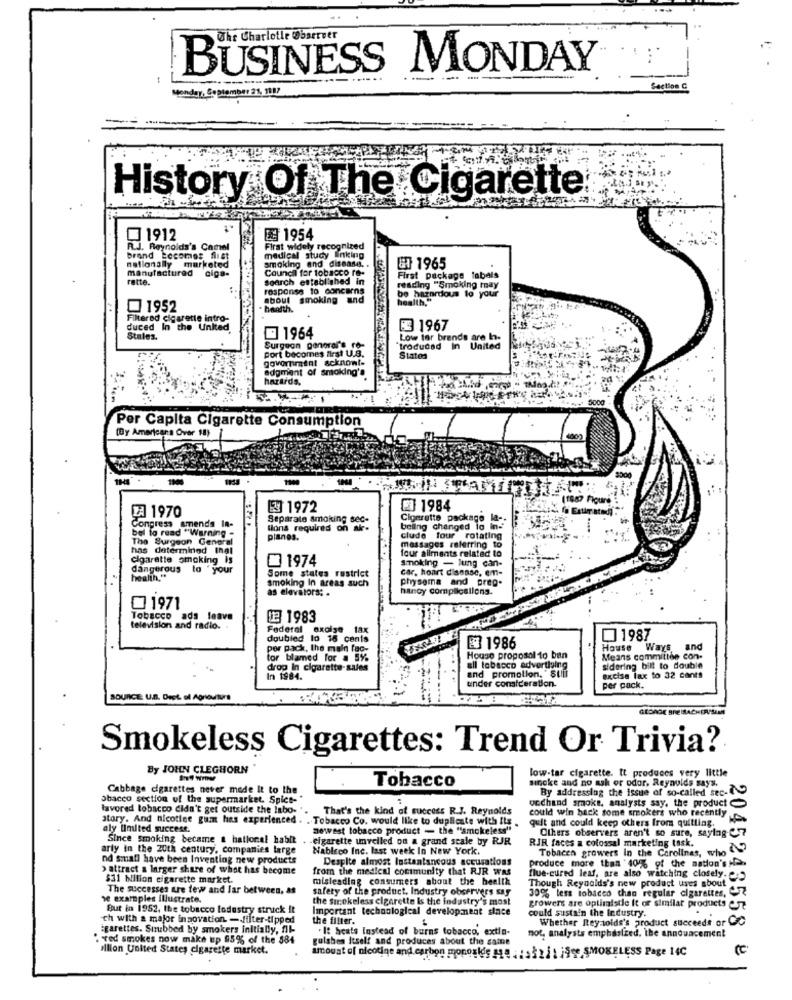
The Charlotte Observer
BUSINESS MONDAY
Monday, September 21, 1007
Section C
History Of The Cigarette
1912
E9 1954
R.J. Reynolds's Camel
First widely recognized
brand Locomes first
medical study Enking
smoking and disease. .
nationally marketed
manufactured ciga-
Council for tobacco re-
GT 1965
rette.
search established in
First package labels
response to concerns
about smoking and
be hazardous to your
health."
0 1952
health.
Filtered cigarette intro-
duced In the United
BE 1967
Stales.
91964
Low tor brands are I.
port becomes first U.S.
Surgeon panoral's ro-
trodudad In United
government acknowt-
Staten
adgment of smaking's
hazards.
5000
Per Capita Cigarette Consumption
(By Americana Over 18)
(1887 Flourd :
ZA 1970
E3 1972
ET 1984
Estimated).
Separate smoking sec.
Cigerette packago la -.
Congress amends In-
bel to read "Warning -
lions requires on ak-
belling changed lo ind
The Surgeon General
planes.
clude four rotating
has determined thal
four aliments related to
messages referring to
cigarette smoking is
1974
Smoking - lung can-
dangerous lo 'your
Some states restrict
car, hoart disease, em-
health."
smoking In areas such
physema and preg.
as elevators: .
hanoy complications.
0 1971
Tobacco ads leave
DE 1983
television and radio ..
Federal excise tax
doubled lo 16 cents
1987
per pack, the main fac-
£ 1986
House
Ways
and
tor blamed for a 5%
House proposal 10 ban
Means committee con-
drop In cigarette-sules
all tobacco advertising
and promotion. "Suff
sidering bill to double
In 1984.
under consideration.
excise lax to 32 cants
per pack.
SOURCE: U.S. Dret. of Agriculture
GEDAGE BREISACHER/SIE
Smokeless Cigarettes: Trend Or Trivia?
By JOHN CLEGHORN
low-tar cigarette. It produces very little
Tobacco
sincke and no ash or odor, Reynolds says.
Cabbage cigarettes never made It to the
By addressing the issue of so-called sec-
obacco section of the supermarket. Spice-"
undhand smoke, analysts say, the product
favored tobacco didn't get outside the labo-'
That's the kind of success R.J. Reynolds
story. And nicotine gum has experienced . . Tobacco Co. would like to duplicate with Its
could win hack some smokers who recently
quit and could keep others from quilling.
aly limited succese.
newest tobacco product - the "smokeless"
Others observers aren't so sure, saying-C
Since Smoking became a hational habit
-cigarette unveiled on a grand scale by RJR
RIR faces a colossal marketing task.
arty in the 20th century, companies large
Nableco Inc. last week In New York.
Tobacen growers In the Carolinas, who
nd small have been Inventing new products
Despite almost Instantaneous accusations
produce more than 40% of the nation's !-
>attract a larger share of what has become
from the medical conimunity that RJR WAS
$31 bilion cigarette market.
misleading consumers about the health
flue-cured leaf, are also watching closely.
Though Reynolds's new product uses about
The successes are few and lar between, &s
safety of the product. Industry observers say
se examples illustrate.
the strokeless cigarette Is the industry's most
30% less tobacco chan regular cigarettes,
Bout in 1952, the tobacco lodestry struck it
Important technological development since
growers are optimistle it or similar products e5
could sustain the Industry.
ch with a major innovation. - filter-tipped
the filter.
Whether Rey-olds's product succeeds or C
igarettes. Sirubbed by smokers initially, f16-
"It heats Instead of burns tobacco, extla-
not, analysts emphasized, the announcement
. ted smokes now make up 95% of the $84
gulshen Itself and produces about the same
allion United States cigarette market.
211 jSte SMOKELESS Page 14C
2045243558 8
amount of nicotine and carbon monoxid's as a